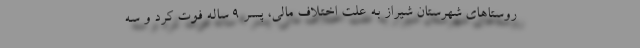
روستاهای شهرستان شیراز به علت اختلاف مالی، پسر ۹ ساله فوت کرد و سه